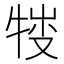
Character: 𤚈